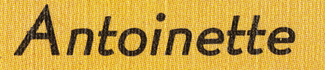
Antoinette